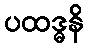
ပထဒ္ဓနိ